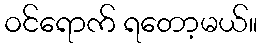
ဝင်ရောက် ရတော့မယ်။